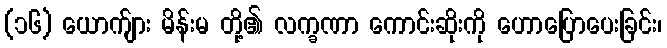
(၁၆) ယောက်ျား မိန်းမ တို့၏ လက္ခဏာ ကောင်းဆိုးကို ဟောပြောပေးခြင်း၊